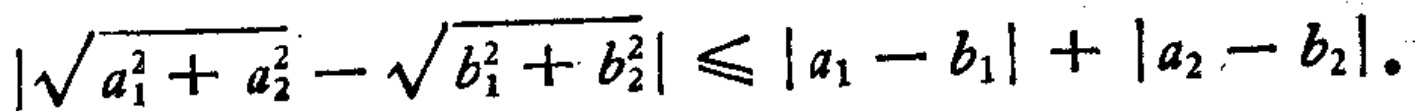
\(\left|\sqrt{a_{1}^{2}+a_{2}^{2}}-\sqrt{b_{1}^{2}+b_{2}^{2}}\right| \leqslant\left|a_{1}-b_{1}\right|+\left|a_{2}-b_{2}\right|.\)